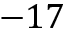
- 1 7